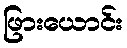
ဖြားယောင်း